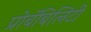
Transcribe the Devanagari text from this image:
प्रोबॅबिलिटी